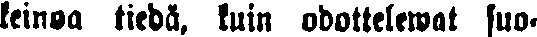
keinoa tiedä, kuin odottelewat suo-